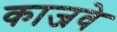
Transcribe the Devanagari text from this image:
काजवे